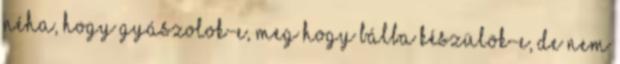
néha, hogy gyászolok-e, meg hogy bálba készülök-e, de nem